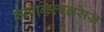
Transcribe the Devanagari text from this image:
स्पाॉन्डिलाइसिस